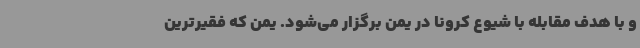
و با هدف مقابله با شیوع کرونا در یمن برگزار می‌شود. یمن که فقیرترین